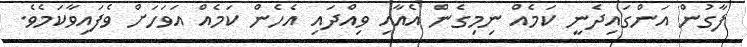
ފާގުން އަންގައިދެނީ ކަމެއް ނިމިގެން އެއާއި ވިއްދައި އެހެން ކަމެއް އަވަހަށް ވެފައިވާކަމެވެ.